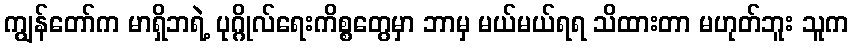
ကျွန်တော်က မာရှိဘရဲ့ ပုဂ္ဂိုလ်ရေးကိစ္စတွေမှာ ဘာမှ မယ်မယ်ရရ သိထားတာ မဟုတ်ဘူး သူက